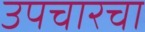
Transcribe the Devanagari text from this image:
उपचारचा